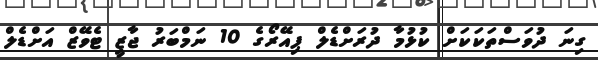
ގިނަ ދުވަސްތަކަކަށް ކުޅުމާ ދުރަށްޑެލް ޕިއޭރޯގެ 10 ނަމްބަރު ޖާޒީ ޓެވޭޒް އަށްޑެލް